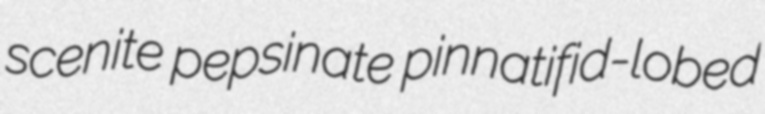
scenite pepsinate pinnatifid-lobed